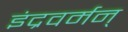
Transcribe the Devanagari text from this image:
इंद्रवर्मन्‌